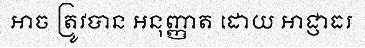
អាច ត្រូវបាន អនុញ្ញាត ដោយ អាជ្ញាធរ